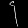
Digit: ၄